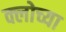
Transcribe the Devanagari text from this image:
क्लोच्या